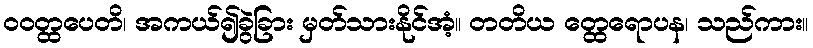
ဝဝတ္ထပေတိ၊ အကယ်၍ခွဲခြား မှတ်သားနိုင်အံ့။ တတိယ တ္ထေရောပန၊ သည်ကား။